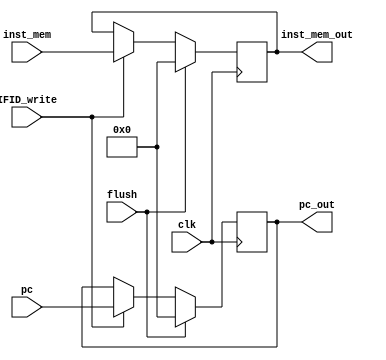

module P1_IFID(
	input wire [31:0]pc,
	input wire [31:0]inst_mem,
	input wire IFID_write,
	input wire flush,
	input wire clk,
	output wire [31:0]pc_out,
	output wire [31:0]inst_mem_out

);
	
	reg [31:0]pc_pipe;
	reg [31:0]inst_mem_pipe;
	
	
	always @(posedge clk) begin
		
		if(flush) begin
		
			inst_mem_pipe <= 0;
			pc_pipe <= 0;
		
		end
		
		else if(IFID_write) begin
		
			pc_pipe <= pc;
			inst_mem_pipe <= inst_mem;
		
		end
	
	end
	
	
	assign pc_out = pc_pipe;
	assign inst_mem_out = inst_mem_pipe;
	
	
	
endmodule